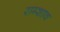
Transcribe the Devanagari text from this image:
राम्शाव